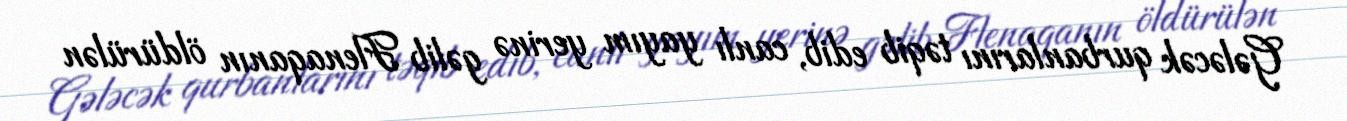
Gələcək qurbanlarını təqib edib, canlı yayım yerinə gəlib Flenaqanın öldürülən